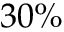
3 0 \%